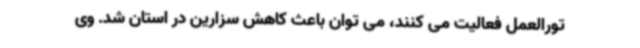
تورالعمل فعالیت می کنند، می توان باعث کاهش سزارین در استان شد. وی